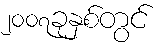
၂၀၀၇ခုနှစ်တွင်